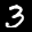
Label: 3